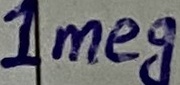
Text: 1Meg